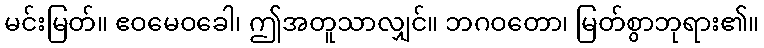
မင်းမြတ်။ ဧဝမေဝခေါ၊ ဤအတူသာလျှင်။ ဘဂဝတော၊ မြတ်စွာဘုရား၏။